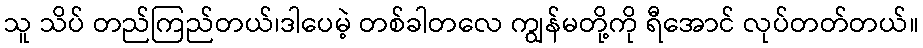
သူ သိပ် တည်ကြည်တယ်၊ဒါပေမဲ့ တစ်ခါတလေ ကျွန်မတို့ကို ရီအောင် လုပ်တတ်တယ်။